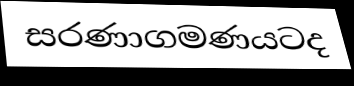
සරණාගමණයටද